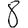
Digit: 8